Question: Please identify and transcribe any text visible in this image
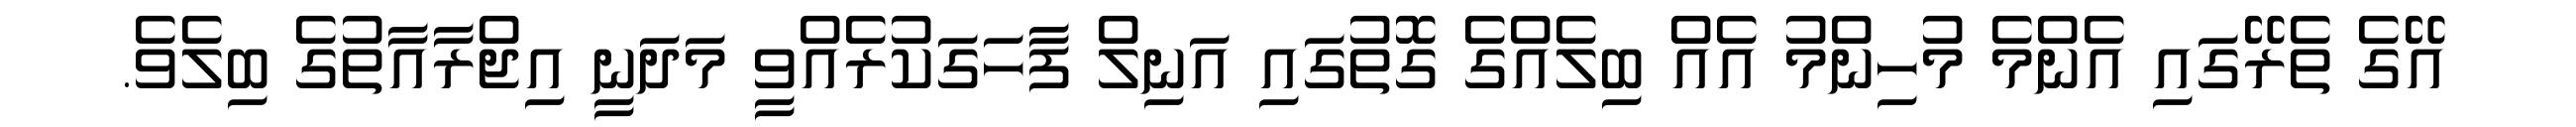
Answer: އޭގެ ތެރޭގައި އެންމެ މުހިންމު އެއް ބިލެއްގެ ގޮތުގައި އަނިލް ފާހަގަކުރެއްވީ މަދަނީ އިޖްރާއާތުގެ ބިލެވެ.